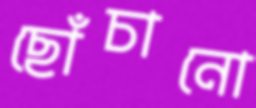
ছোঁচানো